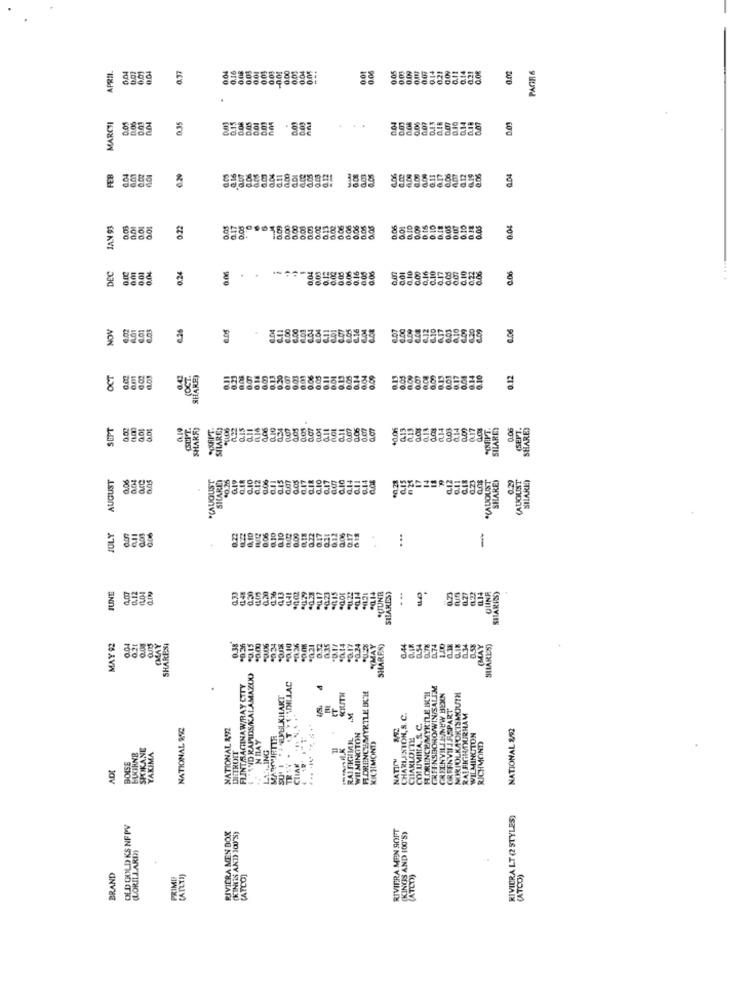
0.37
0.04
0.14
PAGR &
APRIL.
0.00
0.04
0.01
0.06
105
021
0.09
0.21
G.OR
0.02
.
MARCSI
0.35
DOS
0.01
0.04
0.03
0.14
. .
6.29
2.11
G.11
4.06
0.04
IAN 93
0.22
0.05
0.17
0.01
0,00
0,00
0.06
0.01
0,10
0.00
0.10
0.10
0.05
0.04
86
005
0,16
0.07
0.10
0.00
0.10
0.06
. ...
DEC
0.00
0.0
0.24
0.06
0.06
0.16
0.17
acs
NOV
6.01
6.06
€10
0.01
8885
OCT
o.m
9.42
(OCT
SHARE)
0.18
0.00
0.00
0.03
001
0.06
0.04
0.09
0.05
0.00
0.00
0.13
0.12
SEPT
0.19
SHARES
not
413
0.13
0.14
0.17
SHARES
0.06
(SEPT.
R
228228
13
AUGUST
SHARE
30.25
2.12
0.17
0.10
6.15
0.23
*CAUOLOT
SHAKE)
(AUOLIST
SHARE)
.CALOUIS'T
17
0.12
JULY
0.17
...
--
JUNE
4.12
0.33
10.28
.UUNR
SHARES)
0.27
0.14
QUINR
SHARESY
9
MAY 92
SHARPSI
0.38
34
.021
*0.24
.MAY
SHARES)
0.44
074
(MAY
SHARES)
AND RAPIDS/KALAMAZOO
FLINTSAGINAW/RAY CTTY
4
HORUNGEMYRTLE ICH
GREENSBORO/WIN/SALI'M
. NLMELKILART
GREENVILLE/NEW HEXN
NORFOLKA ORTSMOUTH
OR FENVILLASPART
M
CHARLESTON, S. C.
RALEIGH DURHAM
NATIONAL 992
NATIONAL 892
COLUMBIA, S. C.
NATIONAL 252
MAWWRITE
RAIFICIMAIL
WILMINGTON
CHARLOTTE
WILMINGTON
RICHMOND
LING
RICHMOND
NATICH
ADI
BOISE
CHIA
RIVIERA LT (2 STYLES)
OLD GOLD KS NF PV
RIVIERA MEN SOFT
RIVIERA MEN DOX
(KING'S AND YOU'S)
(KINGS AND 100'S)
(LORILLARDY
BRAND
PRIME
(ATLO)
(ATCO))
(ATCO)